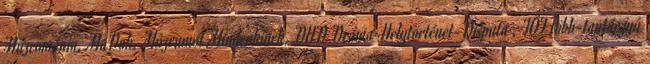
Muzeománia, MaDok, Múzeumot Mindenkinek, DHD Dráma-Helytörténet-Disputa , TÖF több-tantárgyú